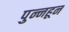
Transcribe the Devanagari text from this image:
पुन्नहून